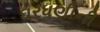
ઘરધણીની